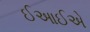
ઈઆઈએ